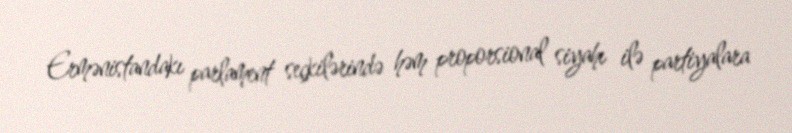
Ermənistandakı parlament seçkilərində həm proporsional siyahı ilə partiyalara